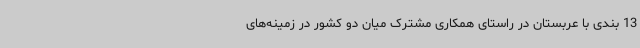
13 بندی با عربستان در راستای همکاری مشترک میان دو کشور در زمینه‌های